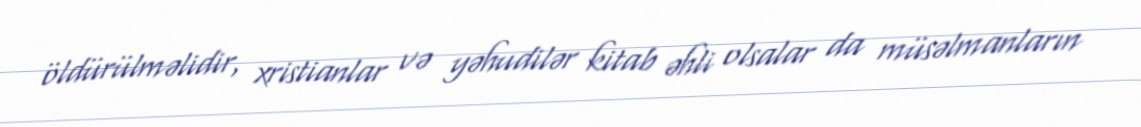
öldürülməlidir, xristianlar və yəhudilər kitab əhli olsalar da müsəlmanların